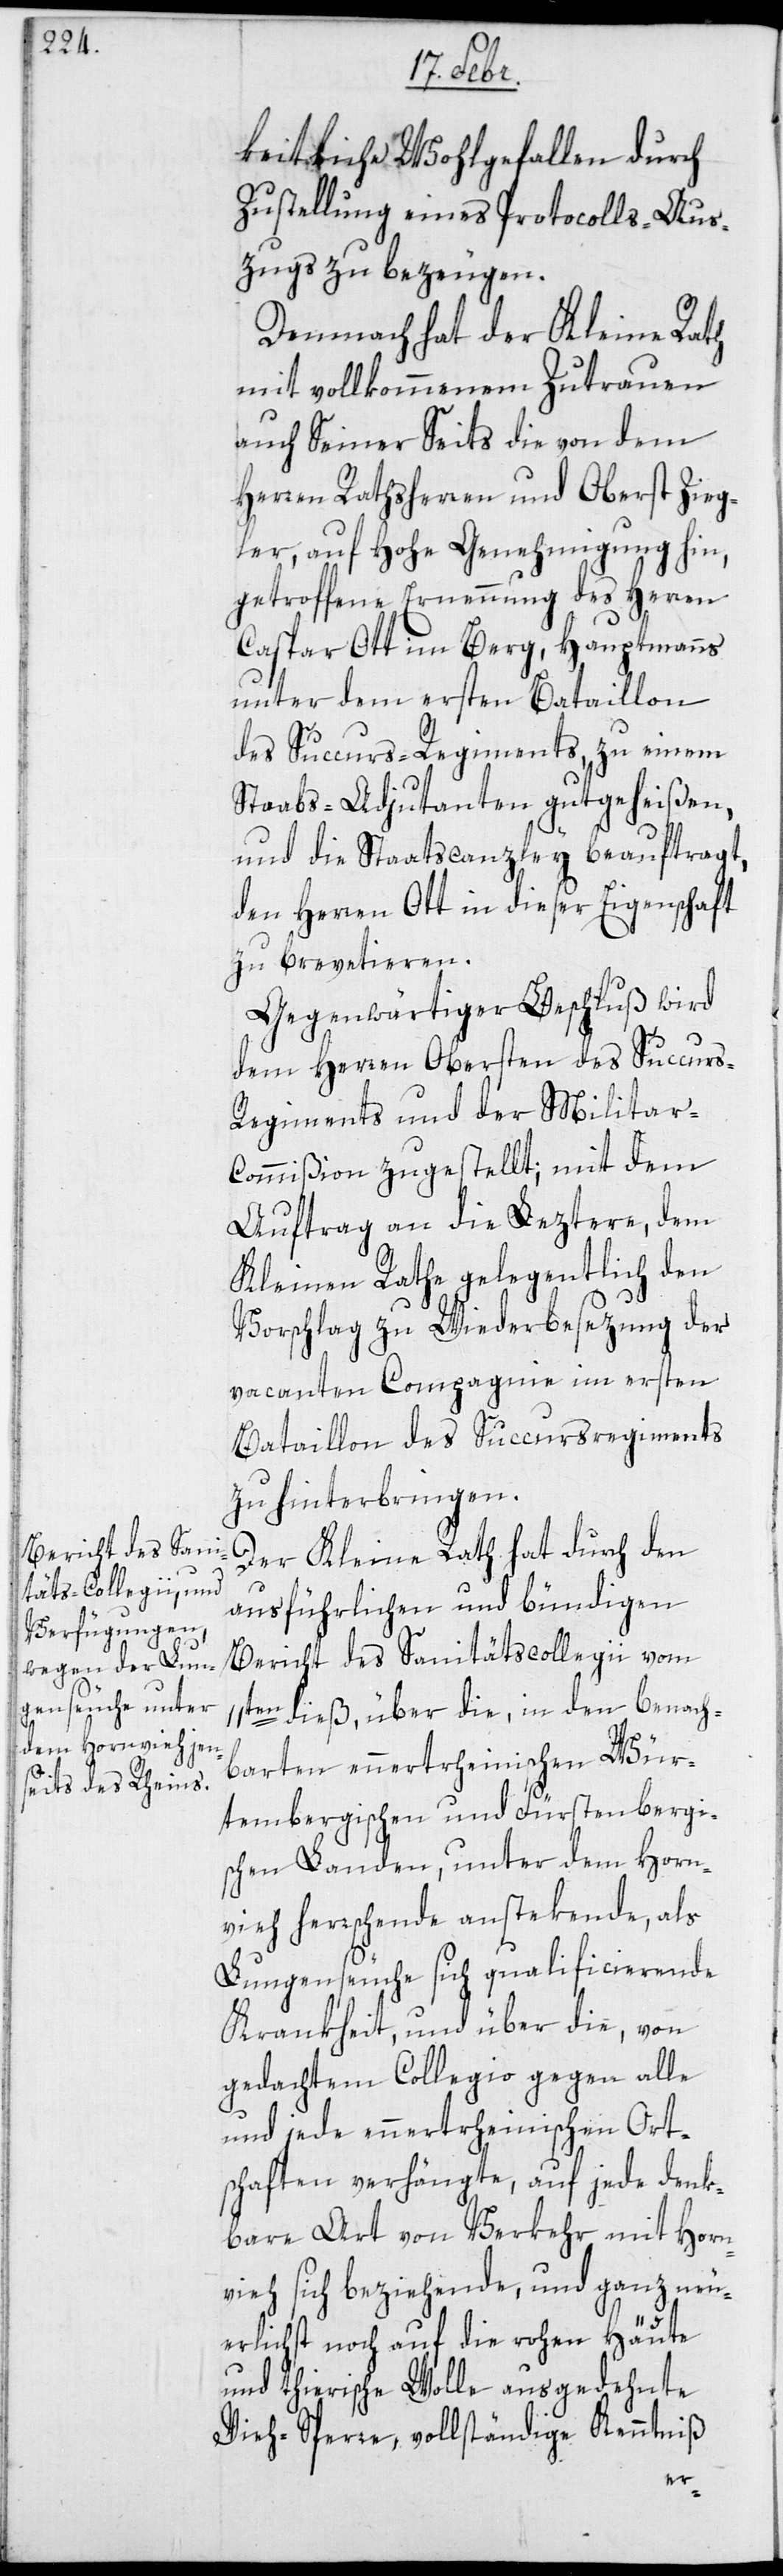
keitliche Wohlgefallen durch
Zustellung eines Protocolls-Aus¬
zugs zu bezeugen.
Demnach hat der Kleine Rath
mit vollkommenem Zutrauen
auch seinerseits die von dem
Herren Rathsherren und Oberst Zieg¬
ler, auf hohe Genehmigung hin,
getroffene Ernennung des Herren
Caspar Ott im Berg, Hauptmanns
unter dem ersten Bataillon
des Succurs-Regiments, zu einem
Staabs-Adjudanten gutgeheißen,
und die Staatscanzley beauftragt,
den Herren Ott in dieser Eigenschaft
zu brevetieren.
Gegenwärtiger Beschluß wird
dem Herren Obersten des Succurs-R¬
egiments und der Militar-C¬
ommißion zugestellt, mit dem
Auftrag an die Leztere, dem
Kleinen Rathe gelegentlich den
Vorschlag zu Wiederbesezung der
vacanten Compagnie im ersten
Bataillon des Succursregiments
zu hinterbringen.
Der Kleine Rath hat durch den
ausführlichen und bündigen
Bericht des Sanitätscollegii vom
11ten dieß, über die in den benach¬
barten ennertrheinischen Wür¬
tembergischen und Fürstenbergi¬
schen Landen, unter dem Horn¬
vieh herrschende anstekende, als
Lungenseuche sich qualificierende
Krankheit, und über die, von
gedachtem Collegio gegen alle
und jede ennertrheinischen Ort¬
schaften verhängte, auf jede denk¬
bare Art von Verkehr mit Horn¬
vieh sich beziehende, und ganz neu¬
erlichst noch auf die rohen Häute
und tierische Wolle ausgedehnte
Vieh-Sperre, vollständige Kenntniß